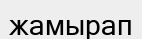
жамырап